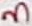
Text: 3